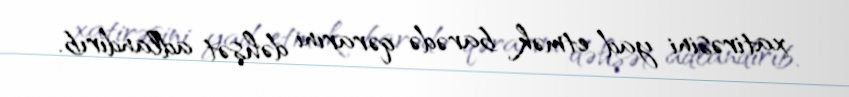
xatirəsini yad etmək barədə qərarını dəhşət adlandırıb.